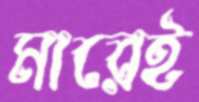
মারেই